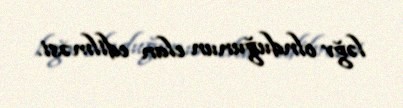
ləğv olnduğunun elan edilməsi.